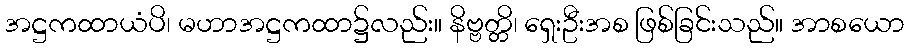
အဋ္ဌကထာယံပိ၊ မဟာအဋ္ဌကထာ၌လည်း။ နိဗ္ဗတ္တိ၊ ရှေးဦးအစ ဖြစ်ခြင်းသည်။ အာစယော